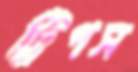
ট্রিপস